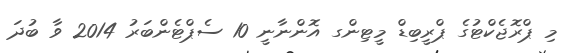
މި ޕްރޮޖެކްޓުގެ ޕްރީބިޑް މީޓިންގ އޮންނާނީ 10 ސެޕްޓެންބަރު 2014 ވާ ބުދަ